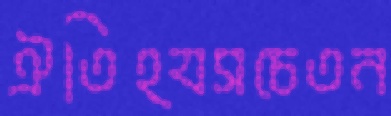
ঐতিহ্যসচেতন